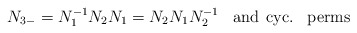
\begin{align*}N_{3-}=N_{1}^{-1}N_{2}N_{1}=N_{2}N_{1}N_{2}^{-1} \hspace{10pt} {\rm and}\hspace{5pt}{\rm cyc. \hspace{10pt}perms}\end{align*}